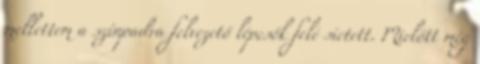
mellettem a színpadra felvezető lépcsők felé sietett. Mielőtt még